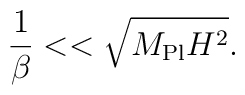
{1 \over \beta} << \sqrt{M_{\rm Pl} H^2}.